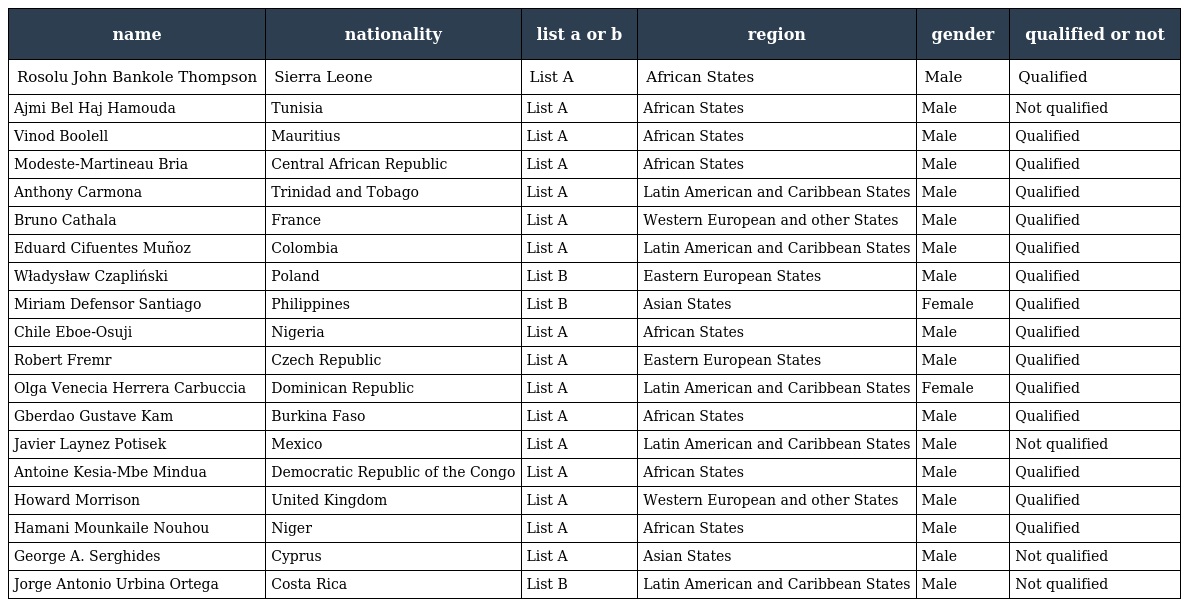
| name | nationality | list a or b | region | gender | qualified or not |
 | --- | --- | --- | --- | --- | --- |
 | Rosolu John Bankole Thompson | Sierra Leone | List A | African States | Male | Qualified |
 | Ajmi Bel Haj Hamouda | Tunisia | List A | African States | Male | Not qualified |
 | Vinod Boolell | Mauritius | List A | African States | Male | Qualified |
 | Modeste-Martineau Bria | Central African Republic | List A | African States | Male | Qualified |
 | Anthony Carmona | Trinidad and Tobago | List A | Latin American and Caribbean States | Male | Qualified |
 | Bruno Cathala | France | List A | Western European and other States | Male | Qualified |
 | Eduard Cifuentes Muñoz | Colombia | List A | Latin American and Caribbean States | Male | Qualified |
 | Władysław Czapliński | Poland | List B | Eastern European States | Male | Qualified |
 | Miriam Defensor Santiago | Philippines | List B | Asian States | Female | Qualified |
 | Chile Eboe-Osuji | Nigeria | List A | African States | Male | Qualified |
 | Robert Fremr | Czech Republic | List A | Eastern European States | Male | Qualified |
 | Olga Venecia Herrera Carbuccia | Dominican Republic | List A | Latin American and Caribbean States | Female | Qualified |
 | Gberdao Gustave Kam | Burkina Faso | List A | African States | Male | Qualified |
 | Javier Laynez Potisek | Mexico | List A | Latin American and Caribbean States | Male | Not qualified |
 | Antoine Kesia-Mbe Mindua | Democratic Republic of the Congo | List A | African States | Male | Qualified |
 | Howard Morrison | United Kingdom | List A | Western European and other States | Male | Qualified |
 | Hamani Mounkaile Nouhou | Niger | List A | African States | Male | Qualified |
 | George A. Serghides | Cyprus | List A | Asian States | Male | Not qualified |
 | Jorge Antonio Urbina Ortega | Costa Rica | List B | Latin American and Caribbean States | Male | Not qualified |